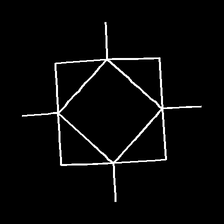
Glyph: light